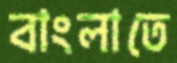
বাংলাতে